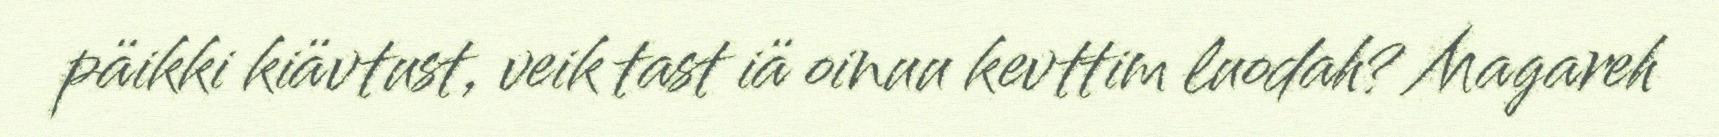
päikki kiävtust, veik tast iä oinuu kevttim luodah? Magareh